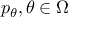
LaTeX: p _ { \theta } , \theta \in \Omega